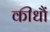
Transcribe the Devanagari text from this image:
कीधौं